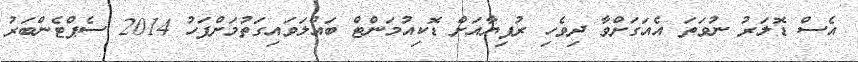
އެސް ޑޮލަރު ނުވަތަ އެއަގަށްވާ ދިވެހި ރުފިޔާއަށް ޑޮކިއުމަންޓް ބައްލަވައިގަތުމަށްފަހު 2014 ސެޕްޓެންބަރު